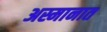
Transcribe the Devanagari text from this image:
अस्मानात